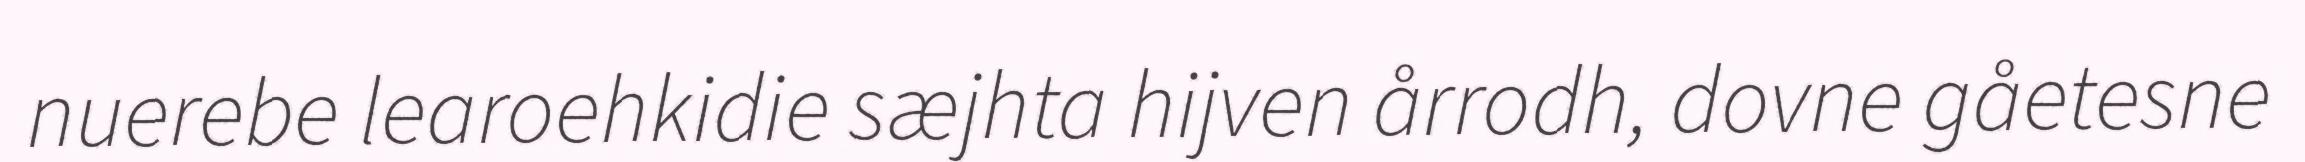
nuerebe learoehkidie sæjhta hijven årrodh, dovne gåetesne